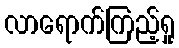
လာရောက်ကြည့်ရှု